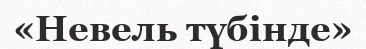
«Невель түбінде»